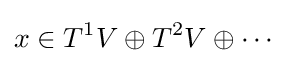
x\in T^{1}V\oplus T^{2}V\oplus \cdots